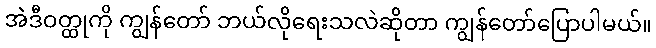
အဲဒီဝတ္ထုကို ကျွန်တော် ဘယ်လိုရေးသလဲဆိုတာ ကျွန်တော်ပြောပါမယ်။